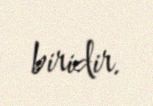
biridir.